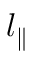
l _ { \parallel }